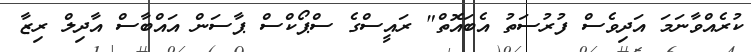
ކުރެއްވާނަމަ އަދިވެސް ފުރުސަތު އެބައޮތް" ރައީސްގެ ސްޕޯކްސް ޕާސަން އައްބާސް އާދިލް ރިޒާ